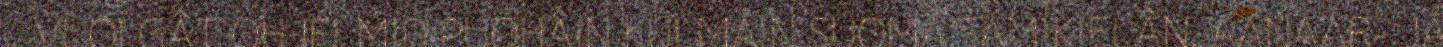
VUOLGÂT OHJELMID PUOHÂIN KULMÁIN SUOMÂ SÄMIKIELÂN. AANAAR- JÁ